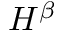
H ^ { \beta }